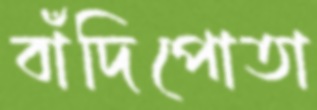
বাঁদিপোতা